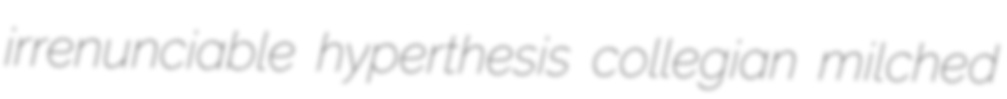
irrenunciable hyperthesis collegian milched